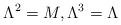
LaTeX: \begin{gather*} \Lambda^2=M,\Lambda^3=\Lambda\end{gather*}